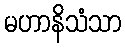
မဟာနိသံသာ